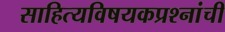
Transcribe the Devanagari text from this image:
साहित्यविषयकप्रश्नांची